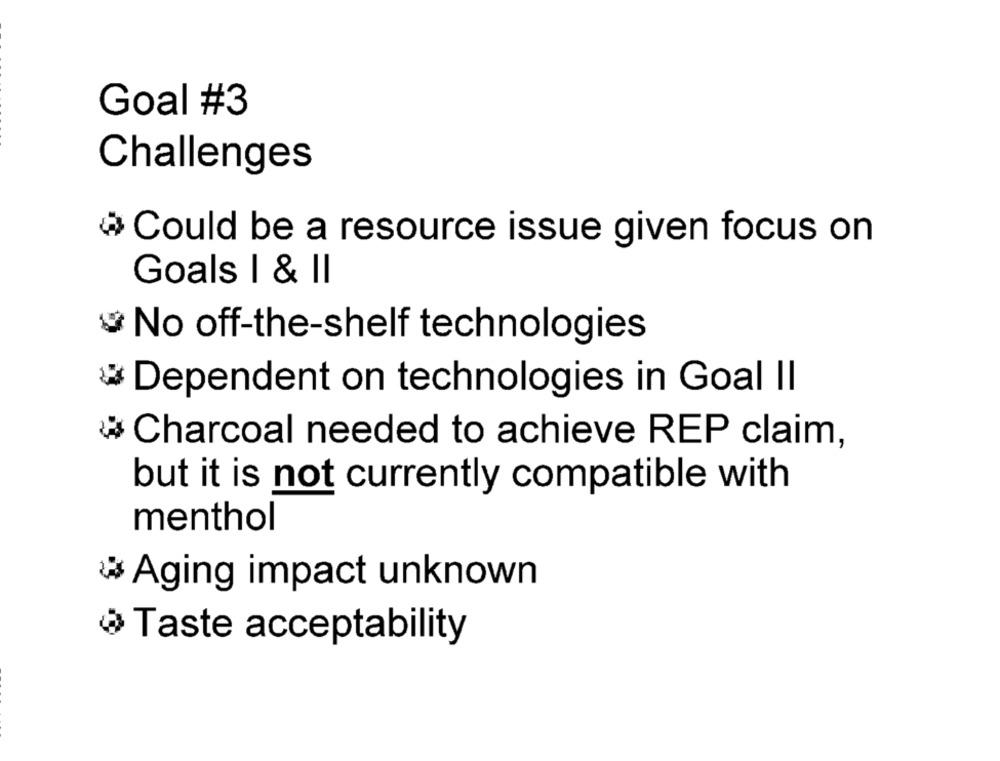
Goal #3
Challenges
Could be a resource issue given focus on
Goals I & II
No off-the-shelf technologies
Dependent on technologies in Goal II
Charcoal needed to achieve REP claim,
but it is not currently compatible with
menthol
Aging impact unknown
Taste acceptability